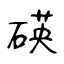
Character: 碤